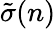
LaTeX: \tilde{\sigma}(n)